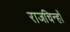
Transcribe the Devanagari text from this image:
राजचिन्हों